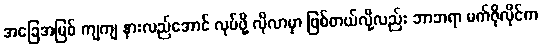
အခြေအမြစ် ကျကျ နားလည်အောင် လုပ်ဖို့ လိုလာမှာ ဖြစ်တယ်လို့လည်း ဘာဘရာ မက်ဇိုလိုင်က